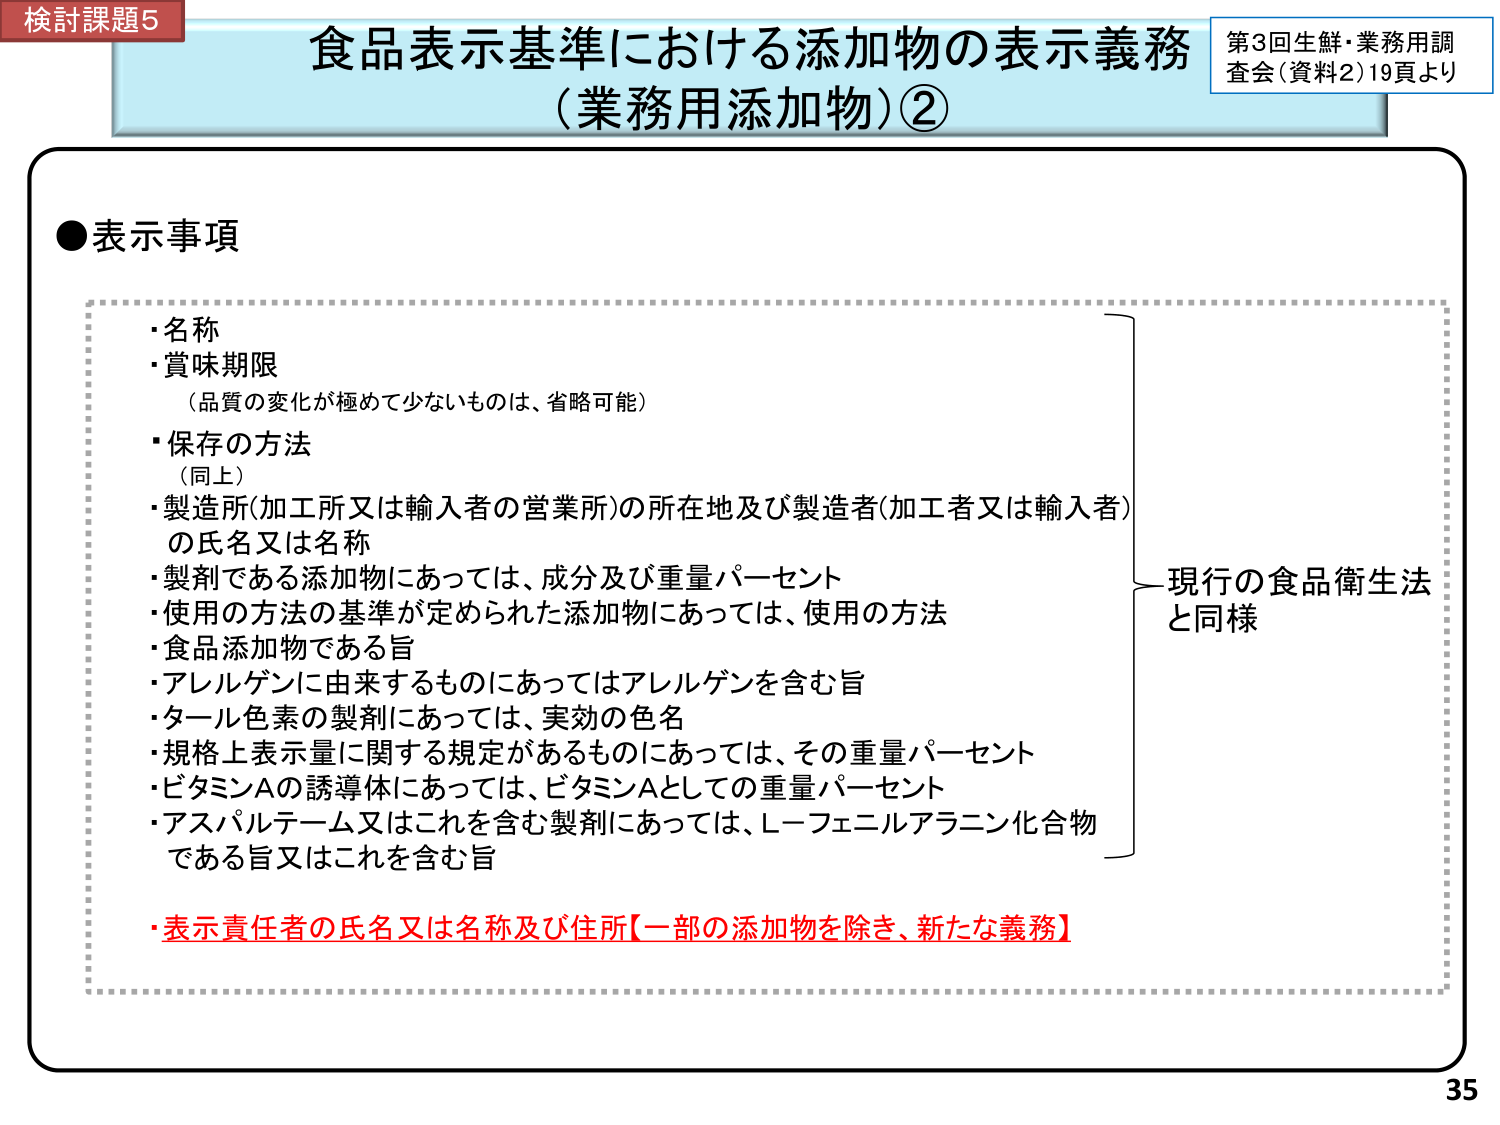
検討課題5
食品表示基準における添加物の表示義務
（業務用添加物）②
第3回生鮮・業務用調査会（資料2）19頁より

●表示事項
・名称
・賞味期限
　（品質の変化が極めて少ないものは、省略可能）
・保存の方法
　（同上）
・製造所（加工所又は輸入者の営業所）の所在地及び製造者（加工者又は輸入者）の氏名又は名称
・製剤である添加物にあっては、成分及び重量パーセント
・使用の方法の基準が定められた添加物にあっては、使用の方法
・食品添加物である旨
・アレルゲンに由来するものにあってはアレルゲンを含む旨
・タール色素の製剤にあっては、実効の色名
・規格上表示量に関する規定があるものにあっては、その重量パーセント
・ビタミンAの誘導体にあっては、ビタミンAとしての重量パーセント
・アスパルテーム又はこれを含む製剤にあっては、L-フェニルアラニン化合物である旨又はこれを含む旨
・表示責任者の氏名又は名称及び住所【一部の添加物を除き、新たな義務】

現行の食品衛生法と同様

35